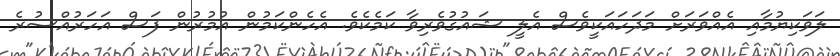
ލަވަކިޔުމާއި އެއްވަރަށް މަދަހައަކީވެސް އެލީ ޝައުގުވެރިވާ ކަމެކެވެ. އެހެންކަމުން އުމުރުން ފަސް އަހަރުއްސުރެ